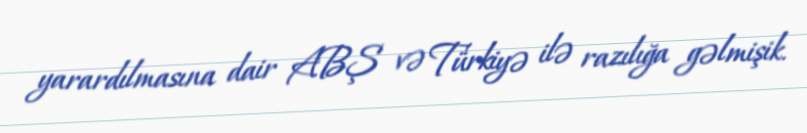
yarardılmasına dair ABŞ və Türkiyə ilə razılığa gəlmişik.